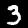
Digit: 3